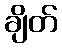
ချိတ်